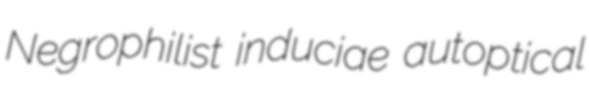
Negrophilist induciae autoptical